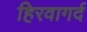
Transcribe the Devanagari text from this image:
हिरवागर्द